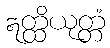
ဣတ္ထိယုတ္တံ